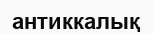
антиккалық